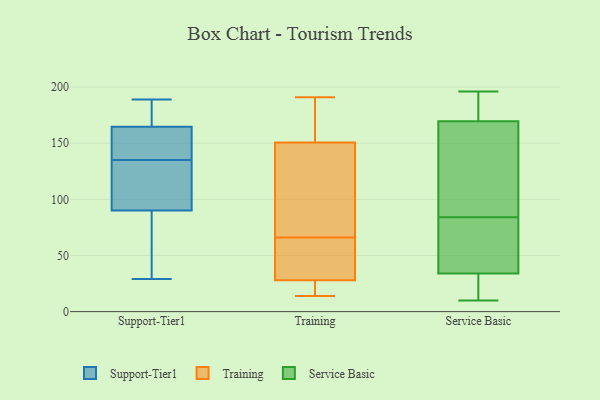
{"axis": {"x": "Temperature (°C)", "y": "Value"}, "legend": ["Service Basic", "Support-Tier1", "Training"], "data": [{"x": "", "y": 189, "type": "Support-Tier1"}, {"x": "", "y": 99, "type": "Support-Tier1"}, {"x": "", "y": 187, "type": "Support-Tier1"}, {"x": "", "y": 139, "type": "Support-Tier1"}, {"x": "", "y": 171, "type": "Support-Tier1"}, {"x": "", "y": 146, "type": "Support-Tier1"}, {"x": "", "y": 89, "type": "Support-Tier1"}, {"x": "", "y": 65, "type": "Support-Tier1"}, {"x": "", "y": 29, "type": "Support-Tier1"}, {"x": "", "y": 93, "type": "Support-Tier1"}, {"x": "", "y": 135, "type": "Support-Tier1"}, {"x": "", "y": 191, "type": "Training"}, {"x": "", "y": 68, "type": "Training"}, {"x": "", "y": 158, "type": "Training"}, {"x": "", "y": 84, "type": "Training"}, {"x": "", "y": 33, "type": "Training"}, {"x": "", "y": 62, "type": "Training"}, {"x": "", "y": 29, "type": "Training"}, {"x": "", "y": 141, "type": "Training"}, {"x": "", "y": 65, "type": "Training"}, {"x": "", "y": 156, "type": "Training"}, {"x": "", "y": 150, "type": "Training"}, {"x": "", "y": 14, "type": "Training"}, {"x": "", "y": 19, "type": "Training"}, {"x": "", "y": 25, "type": "Training"}, {"x": "", "y": 153, "type": "Training"}, {"x": "", "y": 19, "type": "Training"}, {"x": "", "y": 66, "type": "Training"}, {"x": "", "y": 137, "type": "Service Basic"}, {"x": "", "y": 184, "type": "Service Basic"}, {"x": "", "y": 62, "type": "Service Basic"}, {"x": "", "y": 153, "type": "Service Basic"}, {"x": "", "y": 31, "type": "Service Basic"}, {"x": "", "y": 141, "type": "Service Basic"}, {"x": "", "y": 43, "type": "Service Basic"}, {"x": "", "y": 196, "type": "Service Basic"}, {"x": "", "y": 178, "type": "Service Basic"}, {"x": "", "y": 84, "type": "Service Basic"}, {"x": "", "y": 15, "type": "Service Basic"}, {"x": "", "y": 67, "type": "Service Basic"}, {"x": "", "y": 175, "type": "Service Basic"}, {"x": "", "y": 21, "type": "Service Basic"}, {"x": "", "y": 10, "type": "Service Basic"}]}